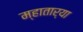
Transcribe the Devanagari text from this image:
म्हातार्‍या